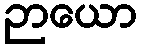
ဉာယော